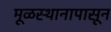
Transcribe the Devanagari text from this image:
मूळस्थानापासून